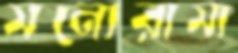
মনোরামা